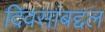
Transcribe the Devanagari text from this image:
दिवसांबद्दल